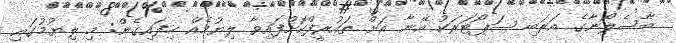
ބާސެލޯނާގެ އަރަބި ސަޕޯޓަރަކު އޭނާ އަށް ތައުރީފްކޮށްފައިވާ ލިޔުމެއް ހިފައިގެން: މި ލިޔުމުގައި